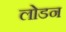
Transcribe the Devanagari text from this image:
लोडन